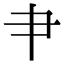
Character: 肀